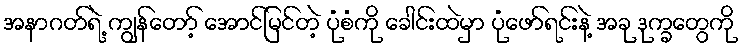
အနာဂတ်ရဲ့ ကျွန်တော့် အောင်မြင်တဲ့ ပုံစံကို ခေါင်းထဲမှာ ပုံဖော်ရင်းနဲ့ အခု ဒုက္ခတွေကို